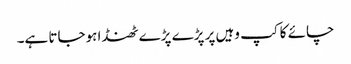
چائے کا کپ وہیں پر پڑے پڑے ٹھنڈا ہوجاتا ہے۔